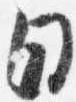
日